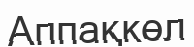
Аппақкөл